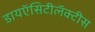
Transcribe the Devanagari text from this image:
डायऍसिटीलॅक्‍टीस